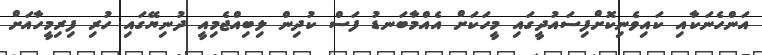
އަންހެނަކާއި ކައިވެނިކޮށްފިސައުދީގައި މީހަކަށް އެއްމާބަނޑު ފަސް ކުދިން ލިބިއްޖެމިއީ ދުނިޔޭގައި ހުރި ފިރިމީހާއަށް